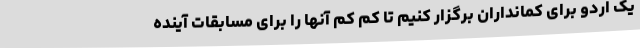
یک اردو برای کمانداران برگزار کنیم تا کم کم آنها را برای مسابقات آینده